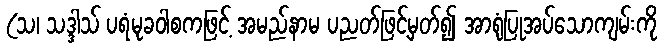
(သ၊ သဒ္ဒါသ် ပရံမုခဝါစကဖြင့် အမည်နာမ ပညတ်ဖြင့်မှတ်၍ အာရုံပြုအပ်သောကျမ်းကို